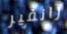
رانفير